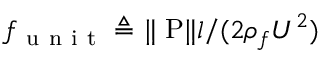
f _ { \mathrm { ~ u ~ n ~ i ~ t ~ } } \triangleq \Vert \mathrm { \nabla { P } } \Vert l / ( 2 \rho _ { f } U ^ { 2 } )